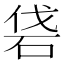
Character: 𥑼